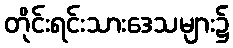
တိုင်းရင်းသားဒေသများ၌